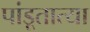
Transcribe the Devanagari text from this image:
पांडूतात्या